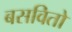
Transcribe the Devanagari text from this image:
बसवितो